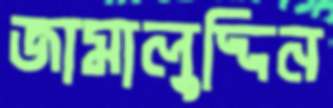
জামালুদ্দিন